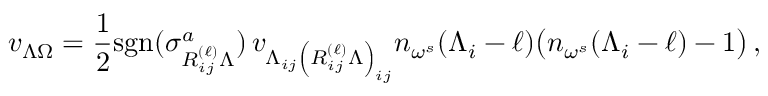
v _ { \Lambda \Omega } = \frac { 1 } { 2 } \mathrm { { s g n } } ( \sigma _ { R _ { i j } ^ { ( \ell ) } \Lambda } ^ { a } ) \, v _ { \Lambda _ { i j } \left( R _ { i j } ^ { ( \ell ) } \Lambda \right) _ { i j } } n _ { \omega ^ { s } } ( \Lambda _ { i } - \ell ) \bigl ( n _ { \omega ^ { s } } ( \Lambda _ { i } - \ell ) - 1 \bigr ) \, ,